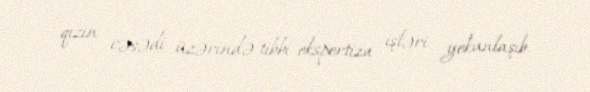
qızın cəsədi üzərində tibbi ekspertiza işləri yekunlaşıb.